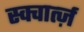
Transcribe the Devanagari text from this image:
स्क्वार्त्ज़